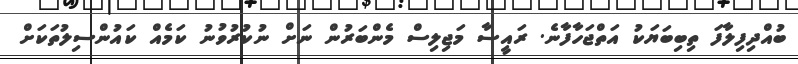
ބުއްދިފިލާފަ ތިބިބަޔަކު އަތްޖަހާފާނެ. ރައީސާ މަޖިލިސް މެންބަރުން ނަށް ނުކުރުވުނު ކަމެއް ކައުންސިލުތަކަށް